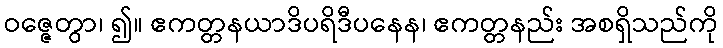
ဝဇ္ဇေတွာ၊ ၍။ ဧကတ္တနယာဒိပရိဒီပနေန၊ ဧကတ္တနည်း အစရှိသည်ကို